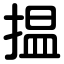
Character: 揾